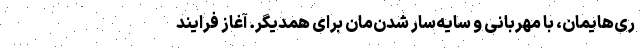
ری‌هایمان، با مهربانی و سایه‌سار شدن‌مان برای همدیگر. آغاز فرایند